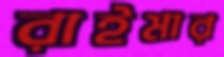
রাইমার